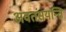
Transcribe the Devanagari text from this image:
अवतंसयन्ति